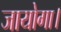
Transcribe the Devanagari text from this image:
जायोगा।